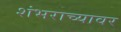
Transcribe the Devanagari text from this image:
शंभराच्यावर